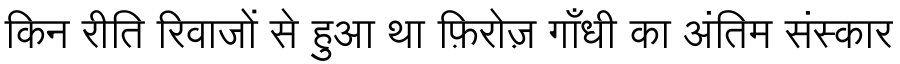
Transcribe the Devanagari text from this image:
किन रीति रिवाजों से हुआ था फ़िरोज़ गाँधी का अंतिम संस्कार